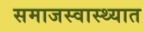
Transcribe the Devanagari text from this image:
समाजस्वास्थ्यात